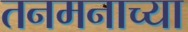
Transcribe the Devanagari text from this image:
तनमनाच्या